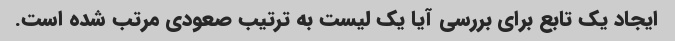
ایجاد یک تابع برای بررسی آیا یک لیست به ترتیب صعودی مرتب شده است.